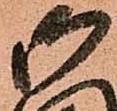
御